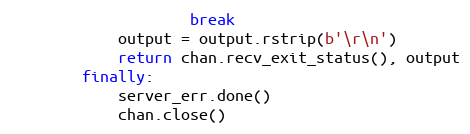
Language: Python
                    break
            output = output.rstrip(b'\r\n')
            return chan.recv_exit_status(), output
        finally:
            server_err.done()
            chan.close()